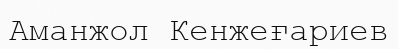
Аманжол Кенжеғариев